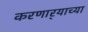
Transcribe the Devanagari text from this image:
करणार्‍याच्या